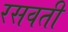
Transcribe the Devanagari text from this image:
रसवती